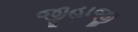
જીહાજી